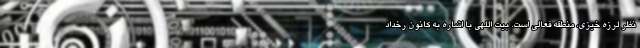
نظر لرزه خیزی، منطقه فعالی است. بیت اللهی با اشاره به کانون رخداد